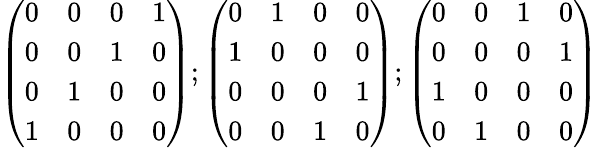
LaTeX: \left(\begin{array}{llll}{{0}}&{{0}}&{{0}}&{{1}}\\ {{0}}&{{0}}&{{1}}&{{0}}\\ {{0}}&{{1}}&{{0}}&{{0}}\\ {{1}}&{{0}}&{{0}}&{{0}}\end{array}\right);\left(\begin{array}{llll}{{0}}&{{1}}&{{0}}&{{0}}\\ {{1}}&{{0}}&{{0}}&{{0}}\\ {{0}}&{{0}}&{{0}}&{{1}}\\ {{0}}&{{0}}&{{1}}&{{0}}\end{array}\right);\left(\begin{array}{llll}{{0}}&{{0}}&{{1}}&{{0}}\\ {{0}}&{{0}}&{{0}}&{{1}}\\ {{1}}&{{0}}&{{0}}&{{0}}\\ {{0}}&{{1}}&{{0}}&{{0}}\end{array}\right)